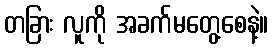
တခြား လူကို အခက်မတွေ့စေနဲ့။